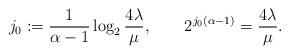
LaTeX: \begin{align*} j_0 := \frac{1}{\alpha -1} \log_2 \frac{4\lambda}{\mu}, \qquad 2^{j_0(\alpha-1)} = \frac{4\lambda}{\mu}.\end{align*}